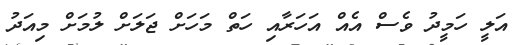
އަލީ ހަމީދު ވެސް އެއް އަހަރާއި ހަތް މަހަށް ޖަލަށް ލުމަށް މިއަދު